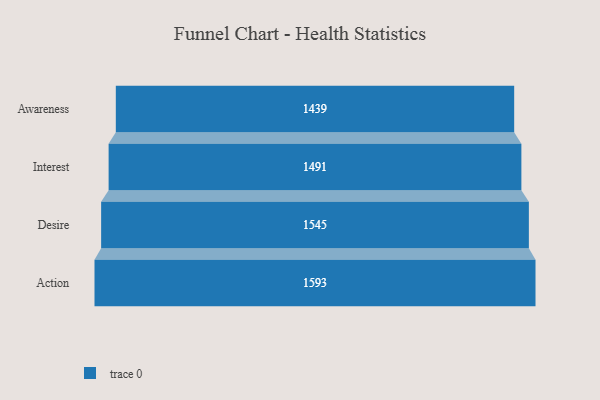
{"axis": {"x": "Stage", "y": "Value"}, "legend": [""], "data": [{"x": "Awareness", "y": 1439.0, "type": ""}, {"x": "Interest", "y": 1491.0, "type": ""}, {"x": "Desire", "y": 1545.0, "type": ""}, {"x": "Action", "y": 1593.0, "type": ""}]}